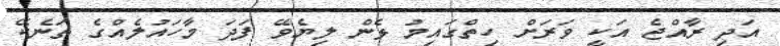
އަދި ރާއްޖެ އަކީ ވަރަށް ހިތްގައިމު ޅެން ލިޔެވޭ ފަދަ މާހައުލެއްގެ ތަނެކޭ